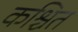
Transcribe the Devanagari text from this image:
कश्चित